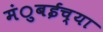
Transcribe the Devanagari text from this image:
मंुबईच्या